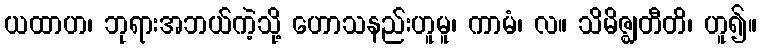
ယထာဟ၊ ဘုရားအဘယ်ကဲ့သို့ ဟောသနည်းဟူမူ၊ ကာမံ၊ လ။ သိမိဇ္ဈတီတိ၊ ဟူ၍။